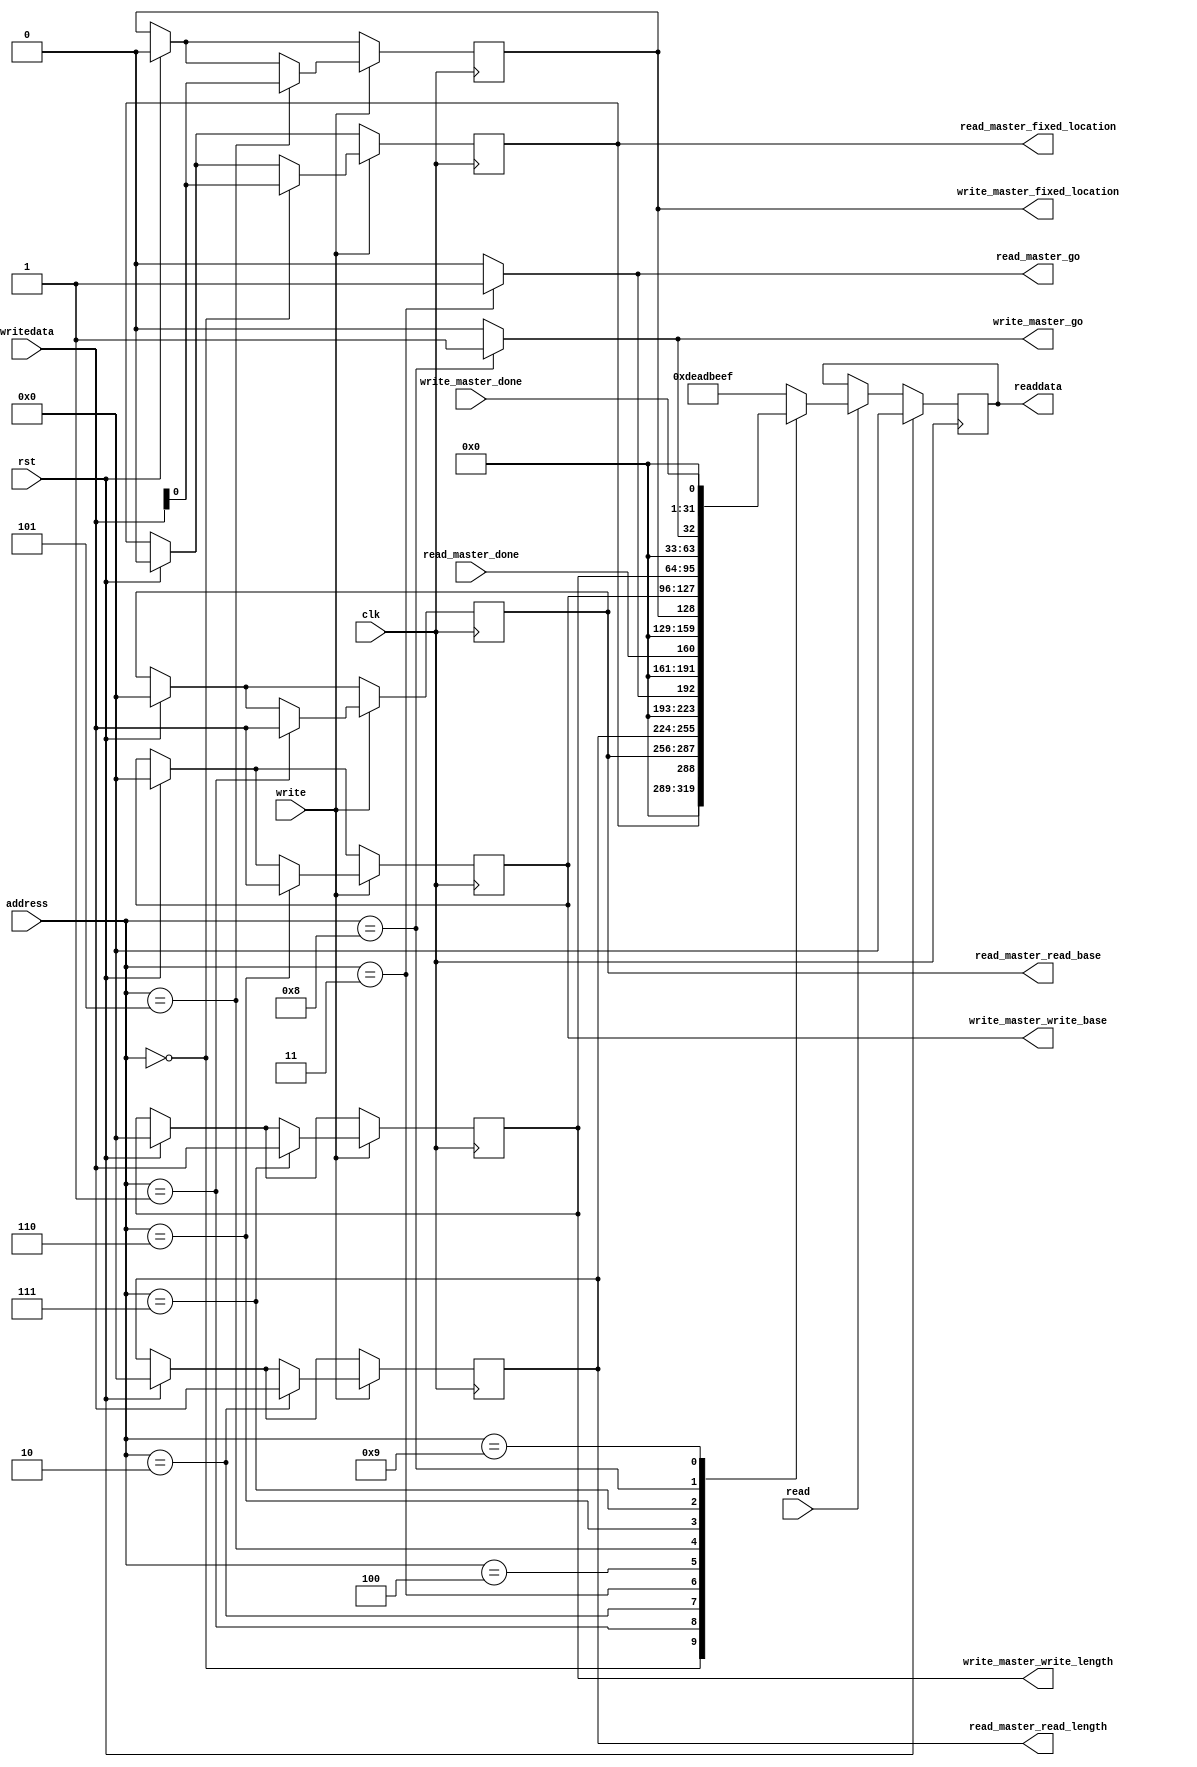
`timescale 1ns/1ns

module master_avalon_interface(// Avalon read master control interface
							   output reg 		 read_master_fixed_location,
							   output reg [31:0] read_master_read_base,
							   output reg [31:0] read_master_read_length,
							   output wire		 read_master_go,
							   input wire 		 read_master_done,
							   
							   // Avalon write master control interface
							   output reg 		 write_master_fixed_location,
							   output reg [31:0] write_master_write_base,
							   output reg [31:0] write_master_write_length,
							   output wire 		 write_master_go,
							   input wire 		 write_master_done,
							   
							   // clock and reset
							   input wire 		 clk,
							   input wire 		 rst,
							   
							   // Avalon interface
							   input wire [3:0]  address,
							   input wire 		 write,
							   input wire 		 read,
							   input wire [31:0] writedata,
							   output reg [31:0] readdata);
		
		// Address map
		// 0x0: read master fixed location
		// 0x1: read master read base address
		// 0x2: read master read length
		// 0x3: read master start
		// 0x4: read master done
		// 0x5: write master fixed location
		// 0x6: write master read base
		// 0x7: write master read length
		// 0x8: write master start					   
		// 0x9: write master done
		
		reg [31:0] tmp;
						
		assign read_master_go = (address == 32'h3) ? 1 : 0;
		assign write_master_go = (address == 32'h8) ? 1 : 0;	   
							   
		always @(posedge clk)
		begin
			if (rst)
			begin
				read_master_fixed_location <= 1'b0;
				read_master_read_base 	   <= 32'b0;
				read_master_read_length    <= 32'b0;
				
				write_master_fixed_location <= 1'b0;
				write_master_write_base 	    <= 32'b0;
				write_master_write_length    <= 32'b0;
			
				readdata				    <= 32'b0;
			end else
				if (read)
					case (address)
						0: readdata <= read_master_fixed_location;
						1: readdata <= read_master_read_base;
						2: readdata <= read_master_read_length;
						3: readdata <= read_master_go;
						4: readdata <= read_master_done;
						5: readdata <= write_master_fixed_location;
						6: readdata <= write_master_write_base;
						7: readdata <= write_master_write_length;
						8: readdata <= write_master_go;
						9: readdata <= write_master_done;
						default: readdata <= 32'hdeadbeef;
					endcase
				if (write)
					case (address)
						0: read_master_fixed_location  <= writedata;
						1: read_master_read_base 	   <= writedata;
						2: read_master_read_length	   <= writedata;
						5: write_master_fixed_location <= writedata;
						6: write_master_write_base 	   <= writedata;
						7: write_master_write_length   <= writedata;
						default: tmp <= writedata;
					endcase
		end
endmodule